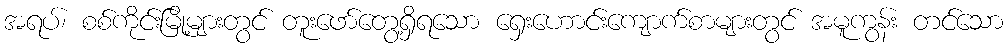
အရပ်၊ စစ်ကိုင်းမြို့များတွင် တူးဖော်တွေ့ရှိရသော ရှေးဟောင်းကျောက်စာများတွင် အမူကွန်း တင်သော